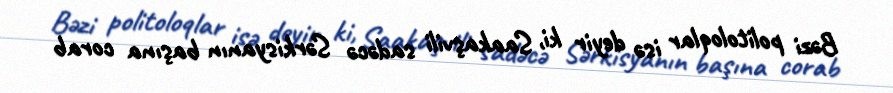
Bəzi politoloqlar isə deyir ki, Saakaşvili sadəcə Sərkisyanın başına corab